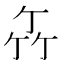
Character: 𥫮